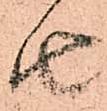
由